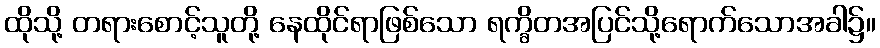
ထိုသို့ တရားစောင့်သူတို့ နေထိုင်ရာဖြစ်သော ရက္ခိတအပြင်သို့ရောက်သောအခါ၌။